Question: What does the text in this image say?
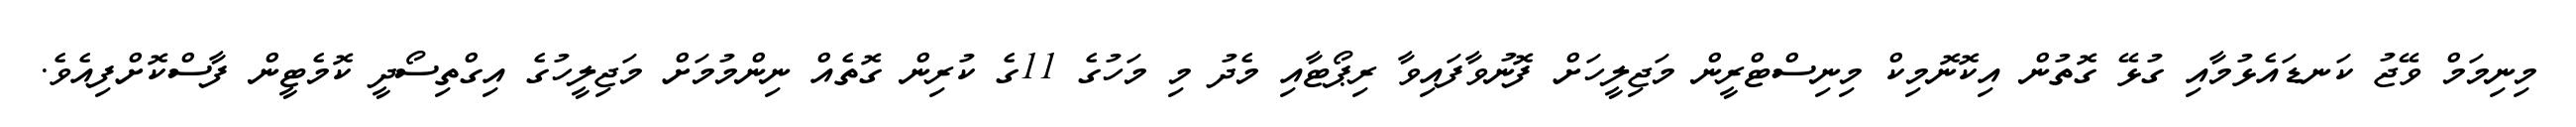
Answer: މިނިމަމް ވޭޖު ކަނޑައެޅުމާއި ގުޅޭ ގޮތުން އިކޮނޮމިކް މިނިސްޓްރީން މަޖިލީހަށް ފޮނުވާފައިވާ ރިޕޯޓާއި މެދު މި މަހުގެ 11ގެ ކުރިން ގޮތެއް ނިންމުމަށް މަޖިލީހުގެ އިގްތިސޯދީ ކޮމެޓީން ފާސްކޮށްފިއެވެ.